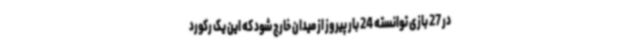
در 27 بازی توانسته 24 بار پیروز از میدان خارج شود که این یک رکورد